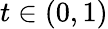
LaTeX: t\in(0,1)